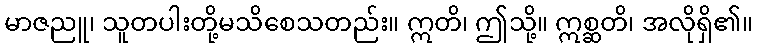
မာဇညူ၊ သူတပါးတို့မသိစေသတည်း။ ဣတိ၊ ဤသို့။ ဣစ္ဆတိ၊ အလိုရှိ၏။